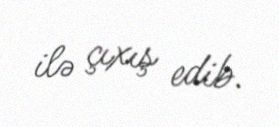
ilə çıxış edib.